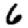
Digit: 6